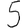
Digit: 5